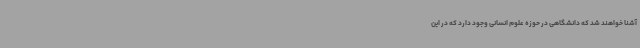
آشنا خواهند شد که دانشگاهی در حوزه علوم انسانی وجود دارد که در این